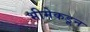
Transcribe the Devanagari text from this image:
भीमेकडून